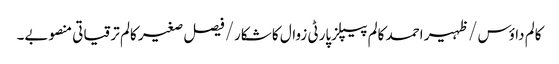
کالم	داؤس /ظہیر احمد	کالم	پیپلزپارٹی زوال کا شکار/فیصل صغیر کالم	ترقیاتی منصوبے۔